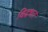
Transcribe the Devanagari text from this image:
विदधत